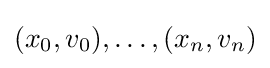
(x_{0},v_{0}),\ldots ,(x_{n},v_{n})